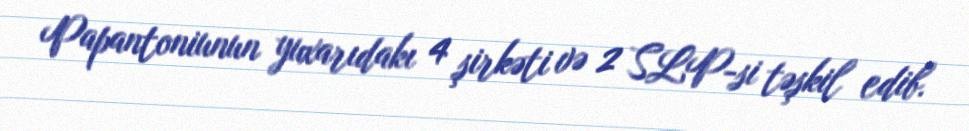
Papantoniunun yuxarıdakı 4 şirkəti və 2 SLP-si təşkil edib.